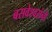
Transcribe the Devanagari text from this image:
बसवेश्वरांनी